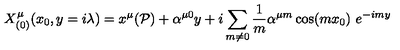
X _ { ( 0 ) } ^ { \mu } ( x _ { 0 } , y = i \lambda ) = x ^ { \mu } ( \mathcal { P } ) + \alpha ^ { \mu 0 } y + i \sum _ { m \neq 0 } \frac { 1 } { m } \alpha ^ { \mu m } \cos ( m x _ { 0 } ) \ e ^ { - i m y }